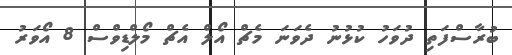
ބުރާސްފަތި ދުވަހު ކުޅުނު ދެވަނަ މެޗް އޯލް އެޗް މޯލްޑިވްސް 8 އޯވަރު